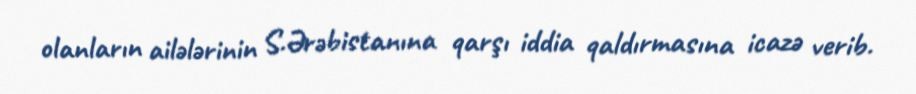
olanların ailələrinin S.Ərəbistanına qarşı iddia qaldırmasına icazə verib.